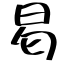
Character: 曷